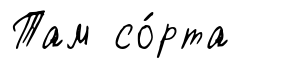
Там со́рта